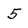
Character: 5